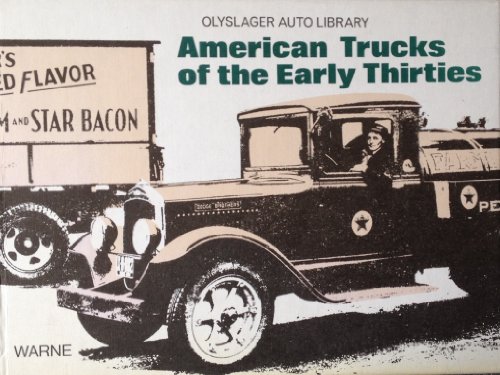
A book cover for American Trucks of the Early Thirties (Olyslager Auto Library); Children's Books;